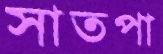
সাতপা